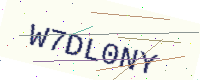
Text: W7DL0NY